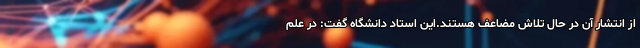
از انتشار آن در حال تلاش مضاعف هستند.این استاد دانشگاه گفت: در علم